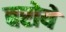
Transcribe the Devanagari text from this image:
बरोये